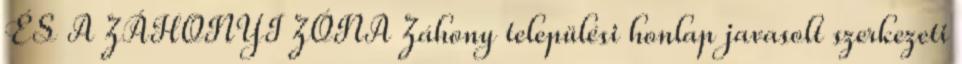
ÉS A ZÁHONYI ZÓNA Záhony települési honlap javasolt szerkezeti